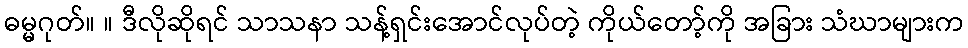
ဓမ္မဂုတ်။ ။ ဒီလိုဆိုရင် သာသနာ သန့်ရှင်းအောင်လုပ်တဲ့ ကိုယ်တော့်ကို အခြား သံဃာများက